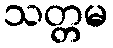
သတ္တမ